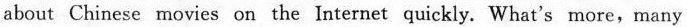
about Chinese movies on the Internet quickly. What's more,many